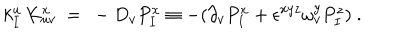
LaTeX: k _ { I } ^ { u } \, K _ { u v } ^ { x } \ = \ - D _ { v } P _ { I } ^ { x } \equiv - ( \partial _ { v } P _ { I } ^ { x } + \epsilon ^ { x y z } \omega _ { v } ^ { y } P _ { I } ^ { z } ) \ .